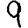
Digit: 9